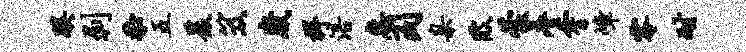
蹊剥忝五爰笈崴捍涪惠囚臬陂蒙麈霄嶂零耐